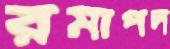
রমাপদ